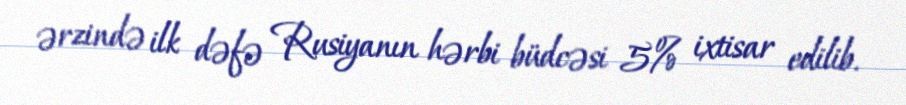
ərzində ilk dəfə Rusiyanın hərbi büdcəsi 5% ixtisar edilib.